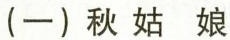
(一)秋姑娘